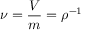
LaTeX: \nu = { \frac { V } { m } } = \rho ^ { - 1 }